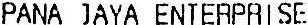
PANA JAYA ENTERPRISE